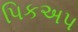
પિકઅપ